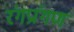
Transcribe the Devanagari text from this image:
रंगप्रांगण